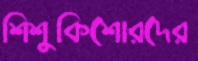
শিশুকিশোরদের